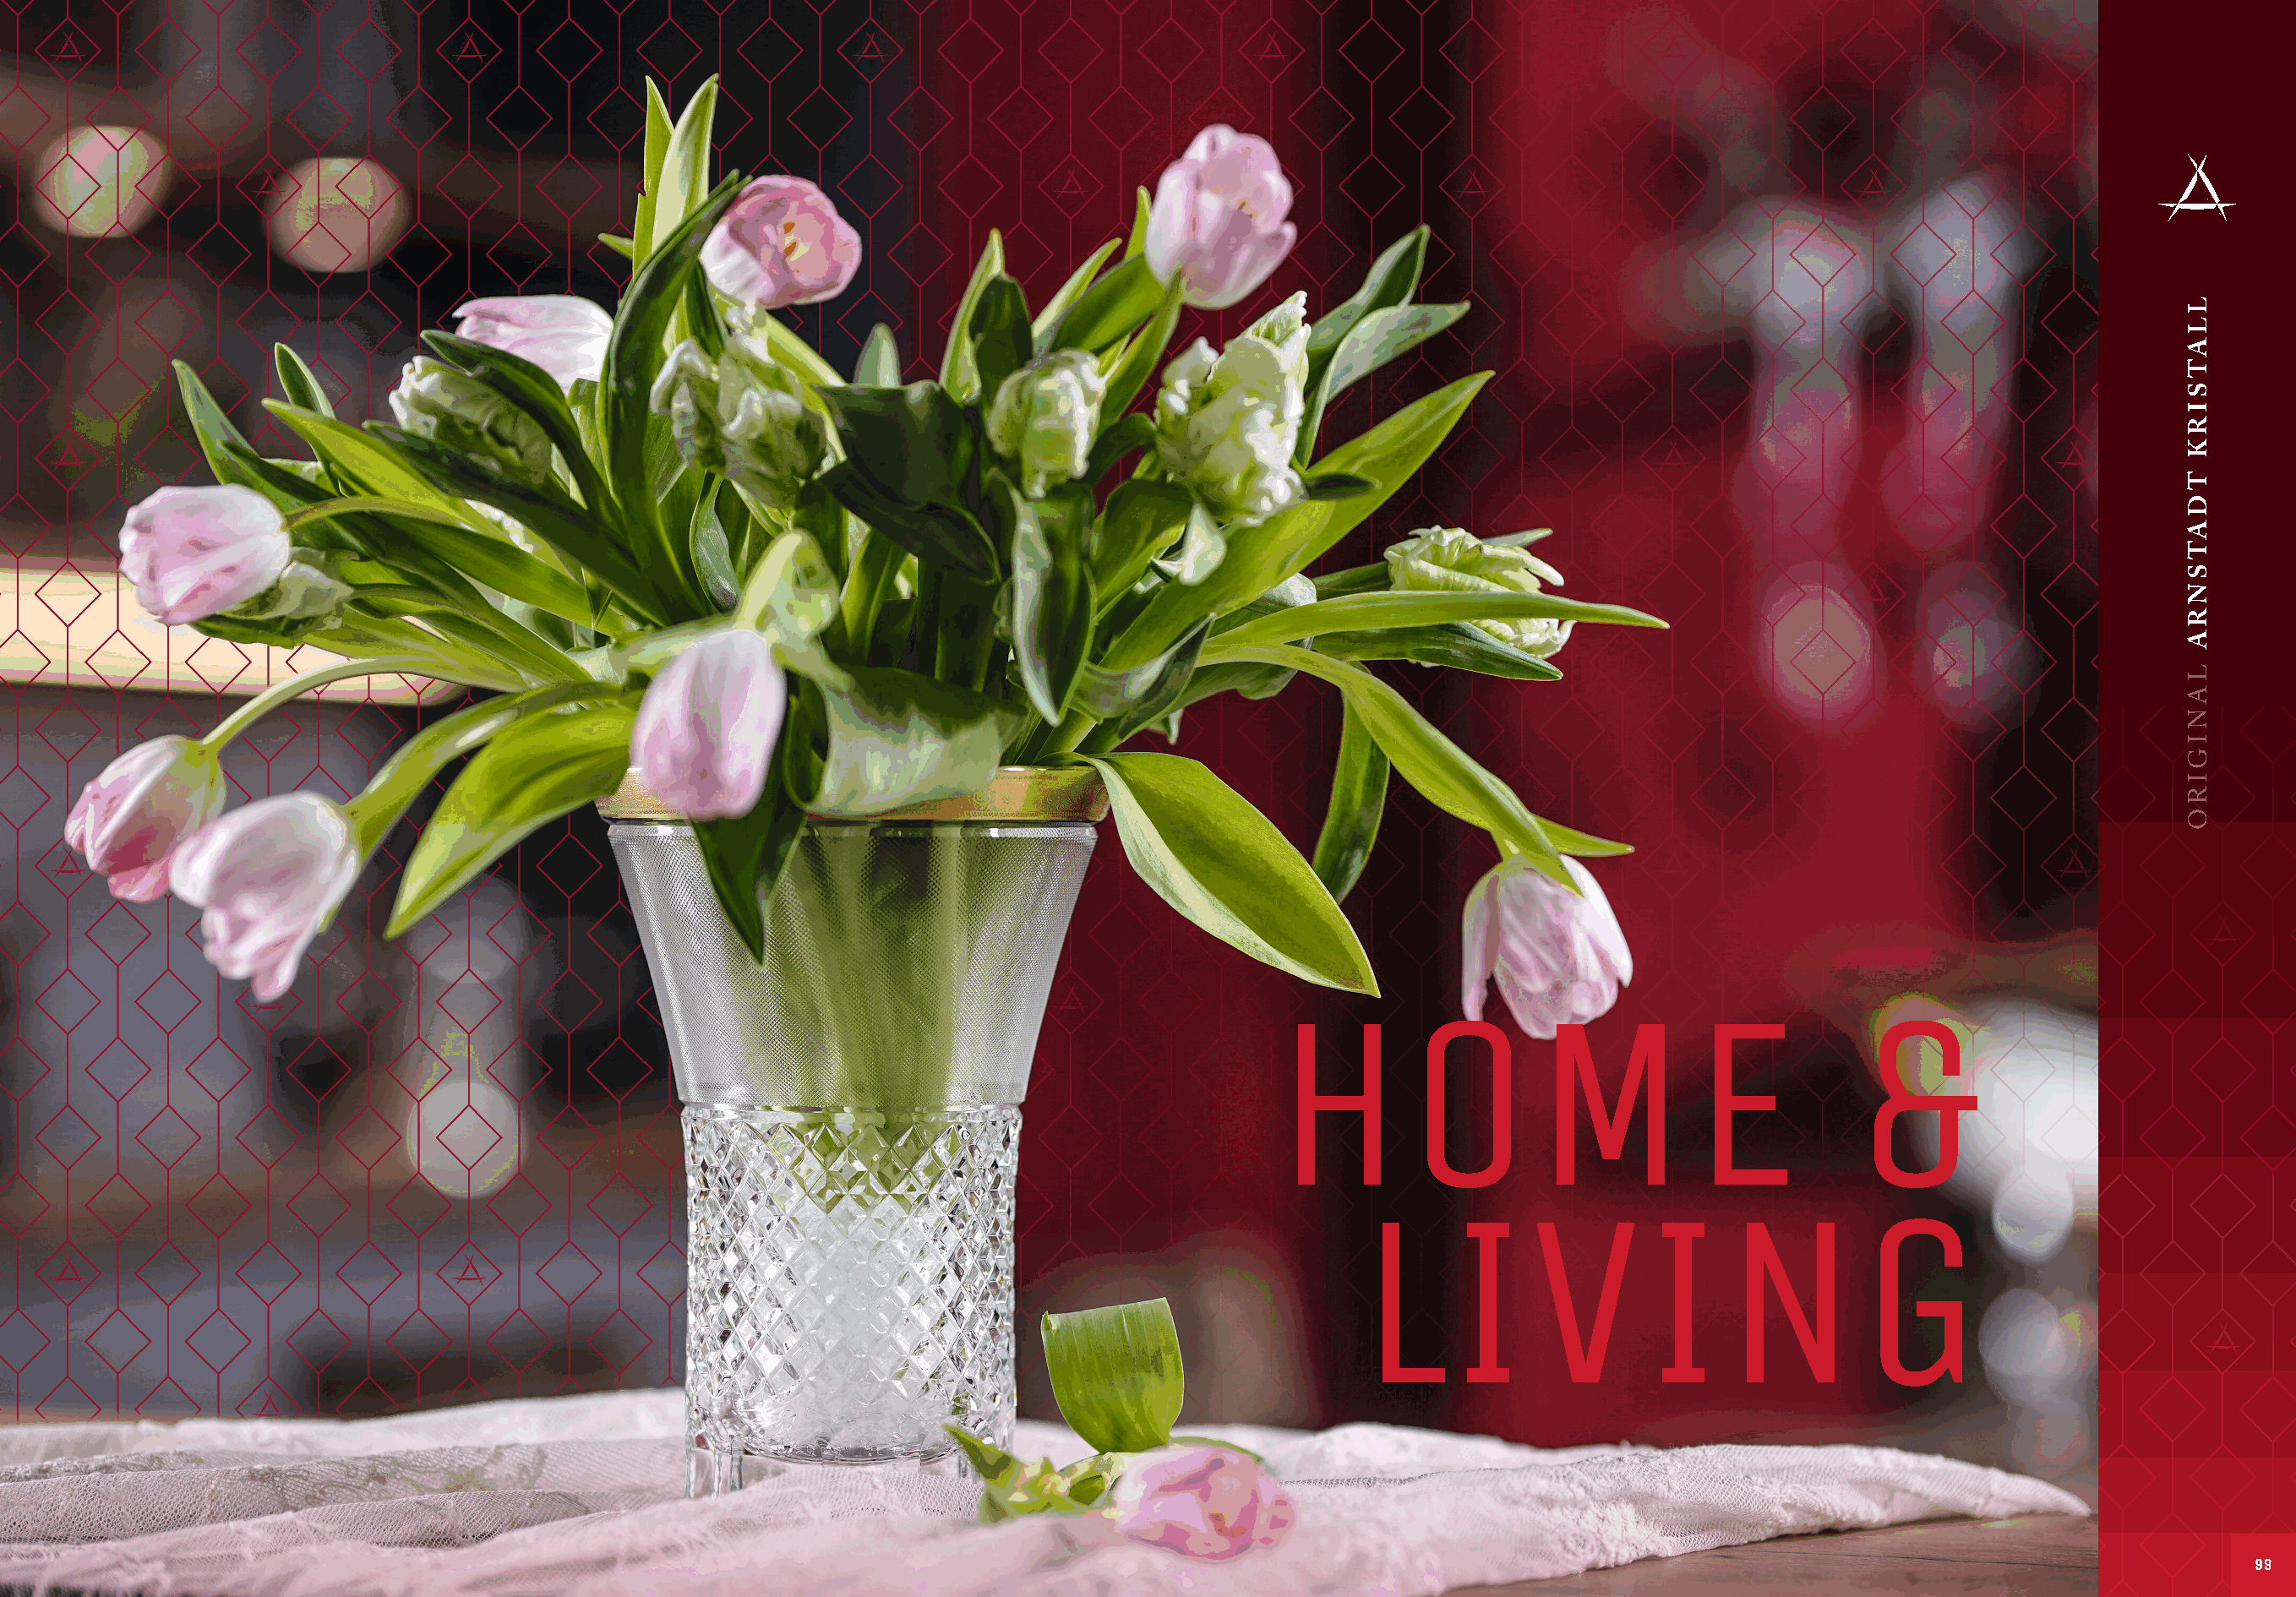
HOME                                         &
 LIVING
 TABLEWARE  | GIFTWARE | DINNERWARE | BARWARE
 9999
 LLATSIRK
 TDATSNRA
 LANIGIRO